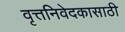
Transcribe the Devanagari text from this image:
वृत्तनिवेदकासाठी